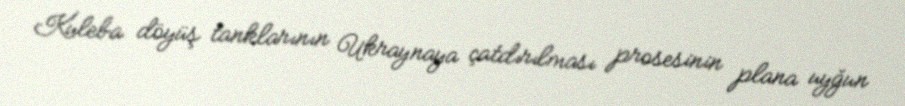
Kuleba döyüş tanklarının Ukraynaya çatdırılması prosesinin plana uyğun